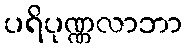
ပရိပုဏ္ဏလာဘာ